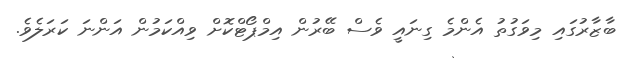
ބާޒާރުގައި މިވަގުތު އެންމެ ގިނައީ ވެސް ބޭރުން އިމްޕޯޓްކޮށް ވިއްކަމުން އަންނަ ކަރަލެވެ.